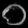
Digit: ၀